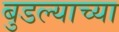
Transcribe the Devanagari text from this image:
बुडल्याच्या